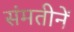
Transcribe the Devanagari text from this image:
संमतीनें